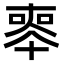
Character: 𠦵